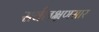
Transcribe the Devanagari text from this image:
सर्वलक्षणसार